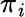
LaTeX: \pi_{\mathit{i}}